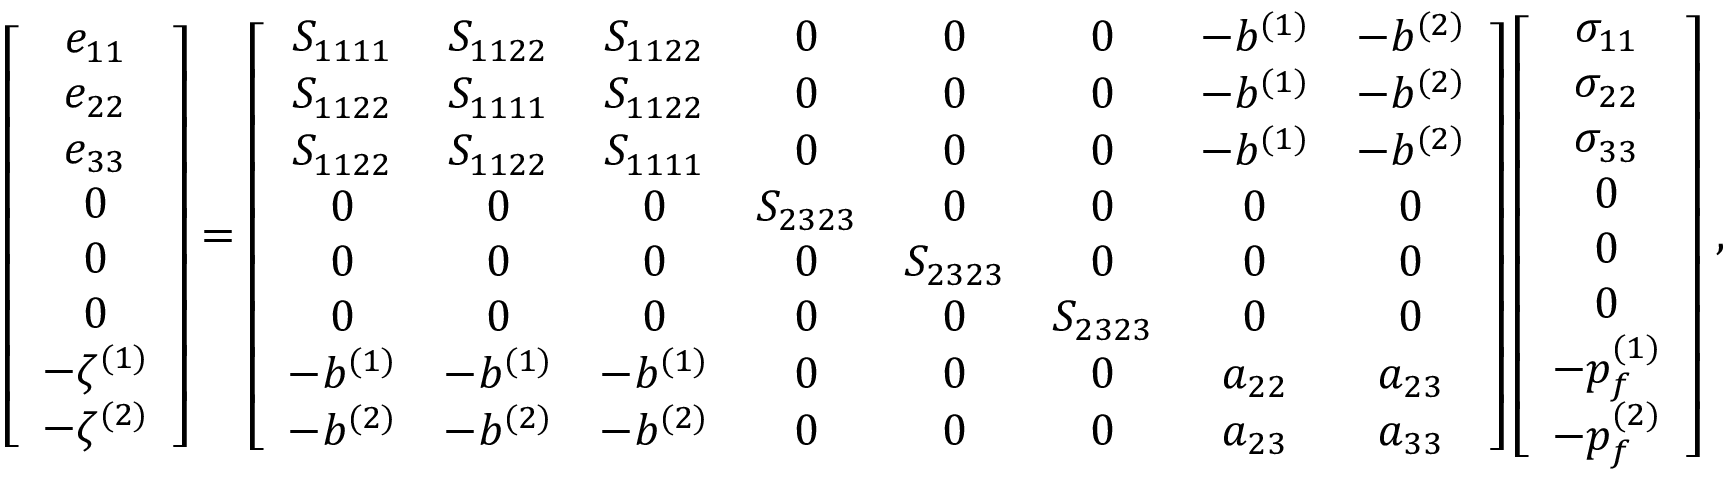
\left[ \begin{array} { c } { e _ { 1 1 } } \\ { e _ { 2 2 } } \\ { e _ { 3 3 } } \\ { 0 } \\ { 0 } \\ { 0 } \\ { - \zeta ^ { ( 1 ) } } \\ { - \zeta ^ { ( 2 ) } } \end{array} \right] = \left[ \begin{array} { c c c c c c c c } { S _ { 1 1 1 1 } } & { S _ { 1 1 2 2 } } & { S _ { 1 1 2 2 } } & { 0 } & { 0 } & { 0 } & { - b ^ { ( 1 ) } } & { - b ^ { ( 2 ) } } \\ { S _ { 1 1 2 2 } } & { S _ { 1 1 1 1 } } & { S _ { 1 1 2 2 } } & { 0 } & { 0 } & { 0 } & { - b ^ { ( 1 ) } } & { - b ^ { ( 2 ) } } \\ { S _ { 1 1 2 2 } } & { S _ { 1 1 2 2 } } & { S _ { 1 1 1 1 } } & { 0 } & { 0 } & { 0 } & { - b ^ { ( 1 ) } } & { - b ^ { ( 2 ) } } \\ { 0 } & { 0 } & { 0 } & { S _ { 2 3 2 3 } } & { 0 } & { 0 } & { 0 } & { 0 } \\ { 0 } & { 0 } & { 0 } & { 0 } & { S _ { 2 3 2 3 } } & { 0 } & { 0 } & { 0 } \\ { 0 } & { 0 } & { 0 } & { 0 } & { 0 } & { S _ { 2 3 2 3 } } & { 0 } & { 0 } \\ { - b ^ { ( 1 ) } } & { - b ^ { ( 1 ) } } & { - b ^ { ( 1 ) } } & { 0 } & { 0 } & { 0 } & { a _ { 2 2 } } & { a _ { 2 3 } } \\ { - b ^ { ( 2 ) } } & { - b ^ { ( 2 ) } } & { - b ^ { ( 2 ) } } & { 0 } & { 0 } & { 0 } & { a _ { 2 3 } } & { a _ { 3 3 } } \end{array} \right] \left[ \begin{array} { c } { \sigma _ { 1 1 } } \\ { \sigma _ { 2 2 } } \\ { \sigma _ { 3 3 } } \\ { 0 } \\ { 0 } \\ { 0 } \\ { - p _ { f } ^ { ( 1 ) } } \\ { - p _ { f } ^ { ( 2 ) } } \end{array} \right] \, ,